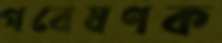
গবেষণক